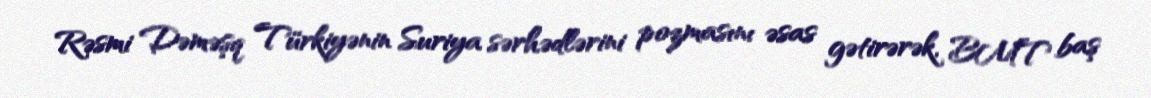
Rəsmi Dəməşq Türkiyənin Suriya sərhədlərini pozmasını əsas gətirərək, BMT baş